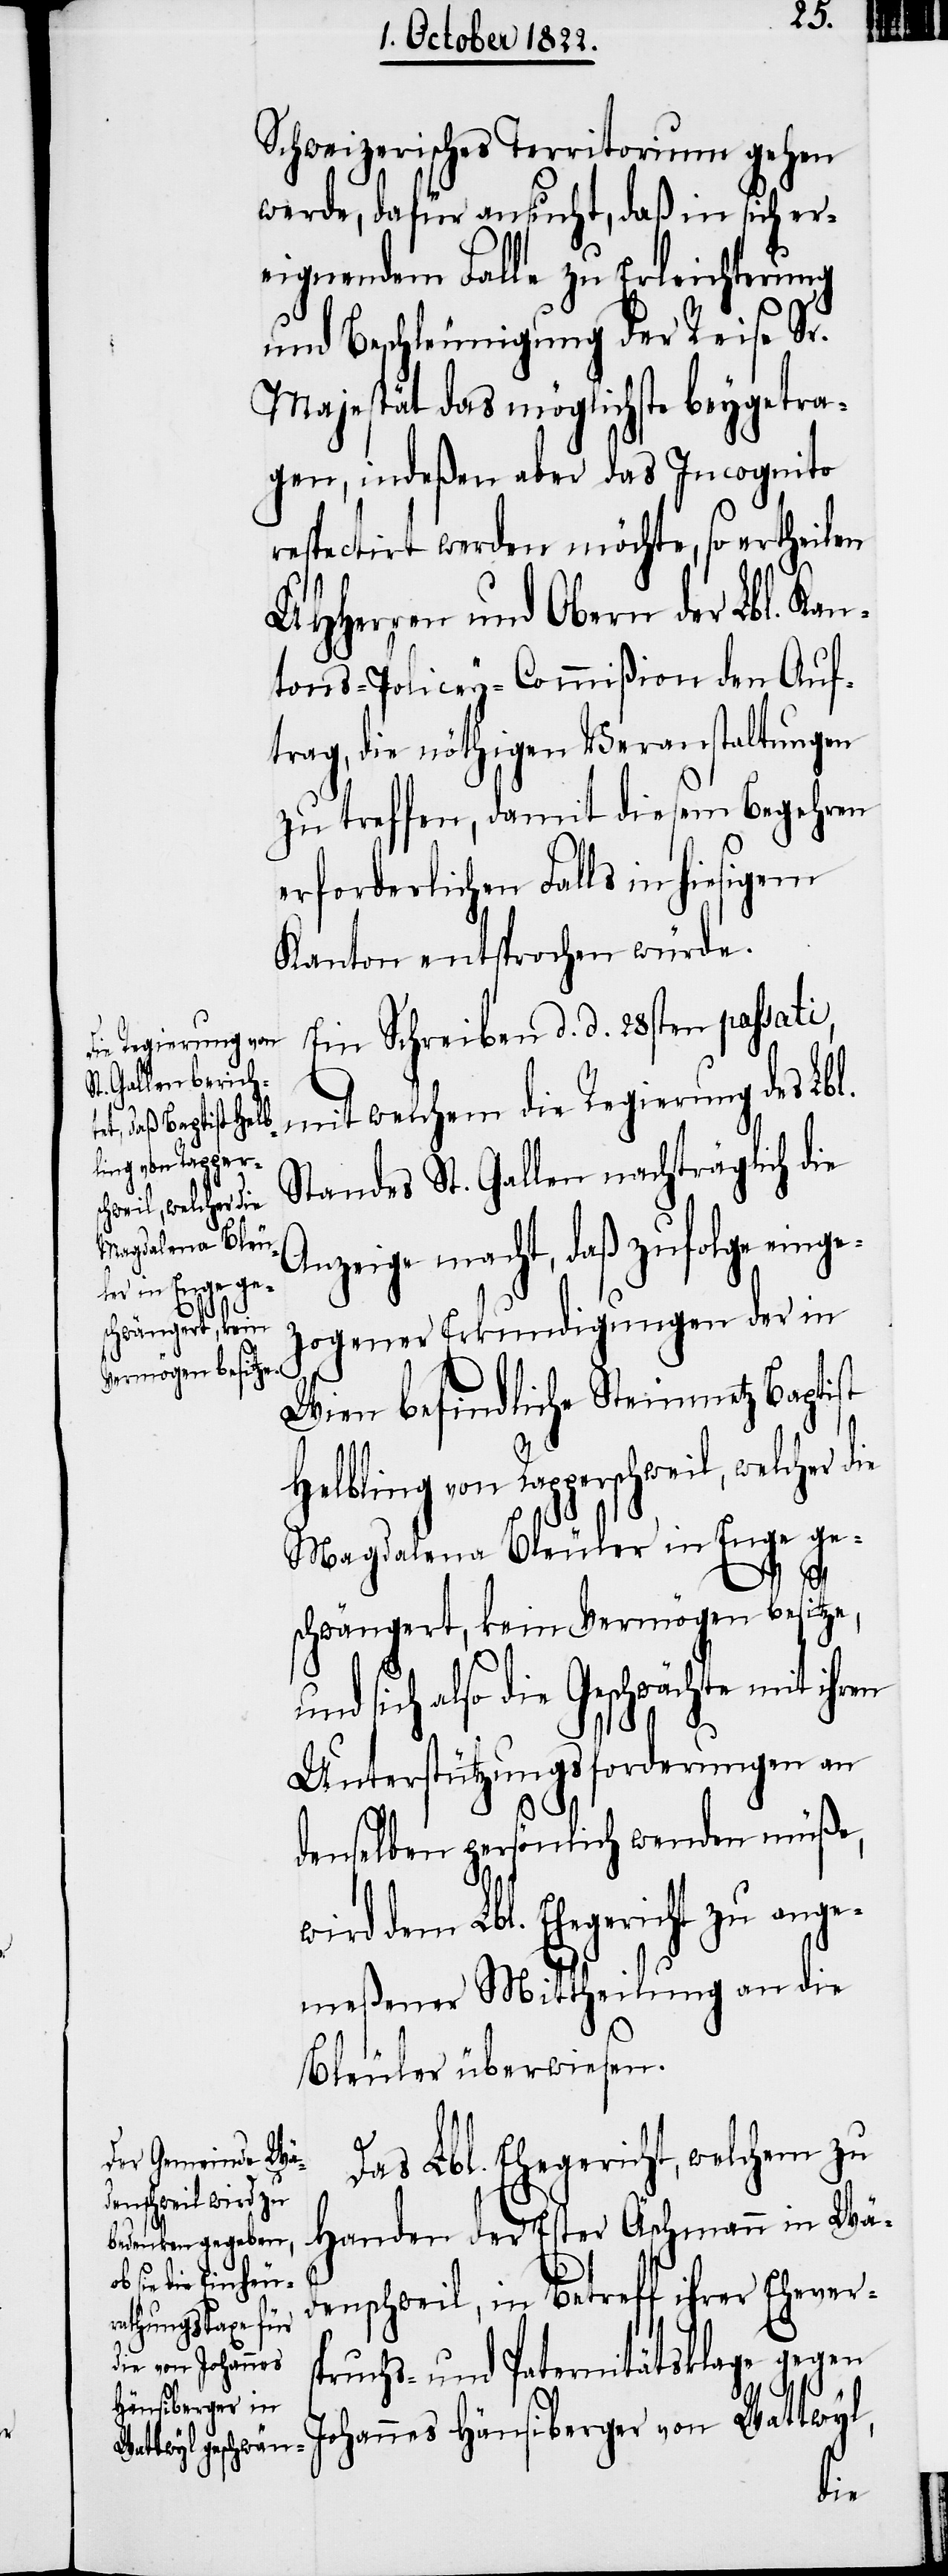
ling von Rapper¬
schweil, welcher die
Magdalena Bleu¬
ler in Enge ge¬
schwängert, kein
Vermögen besitze,

Schweizerisches Territorium gehen
werde, dafür ansucht, daß in sich er¬
eignendem Falle zu Erleichterung
und Beschleunigung der Reise Sr.
Majestät das möglichste beygetra¬
gen, indeßen aber das Incognito
respectirt werden möchte, so ertheilen
UHHerren und Obern der Lbl. Kan¬
tons-Policey-Commißion den Auf¬
trag, die nöthigen Veranstaltungen
zu treffen, damit diesem Begehren
erforderlichen Falls in hiesigem
Kanton entsprochen würde.
Ein Schreiben d. d. 28sten passati,
mit welchem die Regierung des Lb¬
Standes St. Gallen nachträglich die
Anzeige macht, daß zufolge einge¬
zogener Erkundigungen der in
Wien befindliche Steinmetz Baptist
sich also die Geschwächte mit i¬
Unterstützungsforderungen an
denselben persönlich wenden müße,
J¬
wird dem Lbl. Ehegericht ange¬
meßener Mittheilung an die
Bleuler überwiesen.
Das Lbl. Ehegericht, welchem zu
Handen der Ester Äschmann in Wä¬
denschweil, in Betreff ihrer Ehevers¬
pruchs- und Paternitätsklage gegen
ohannes Hänsiberger von Wattwyl,

hren